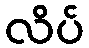
လိပ်